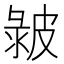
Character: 𤿴